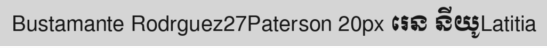
Bustamante Rodrguez27Paterson 20px រេន នីយូLatitia